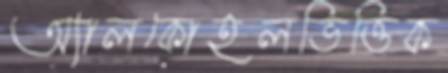
অ্যালকোহলভিত্তিক